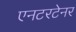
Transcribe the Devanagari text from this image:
एनटरटेनर